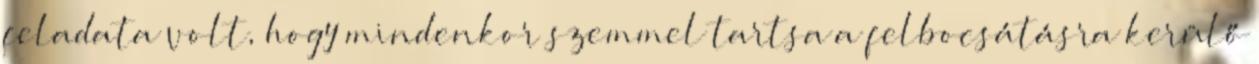
feladata volt, hogy mindenkor szemmel tartsa a felbocsátásra kerülő